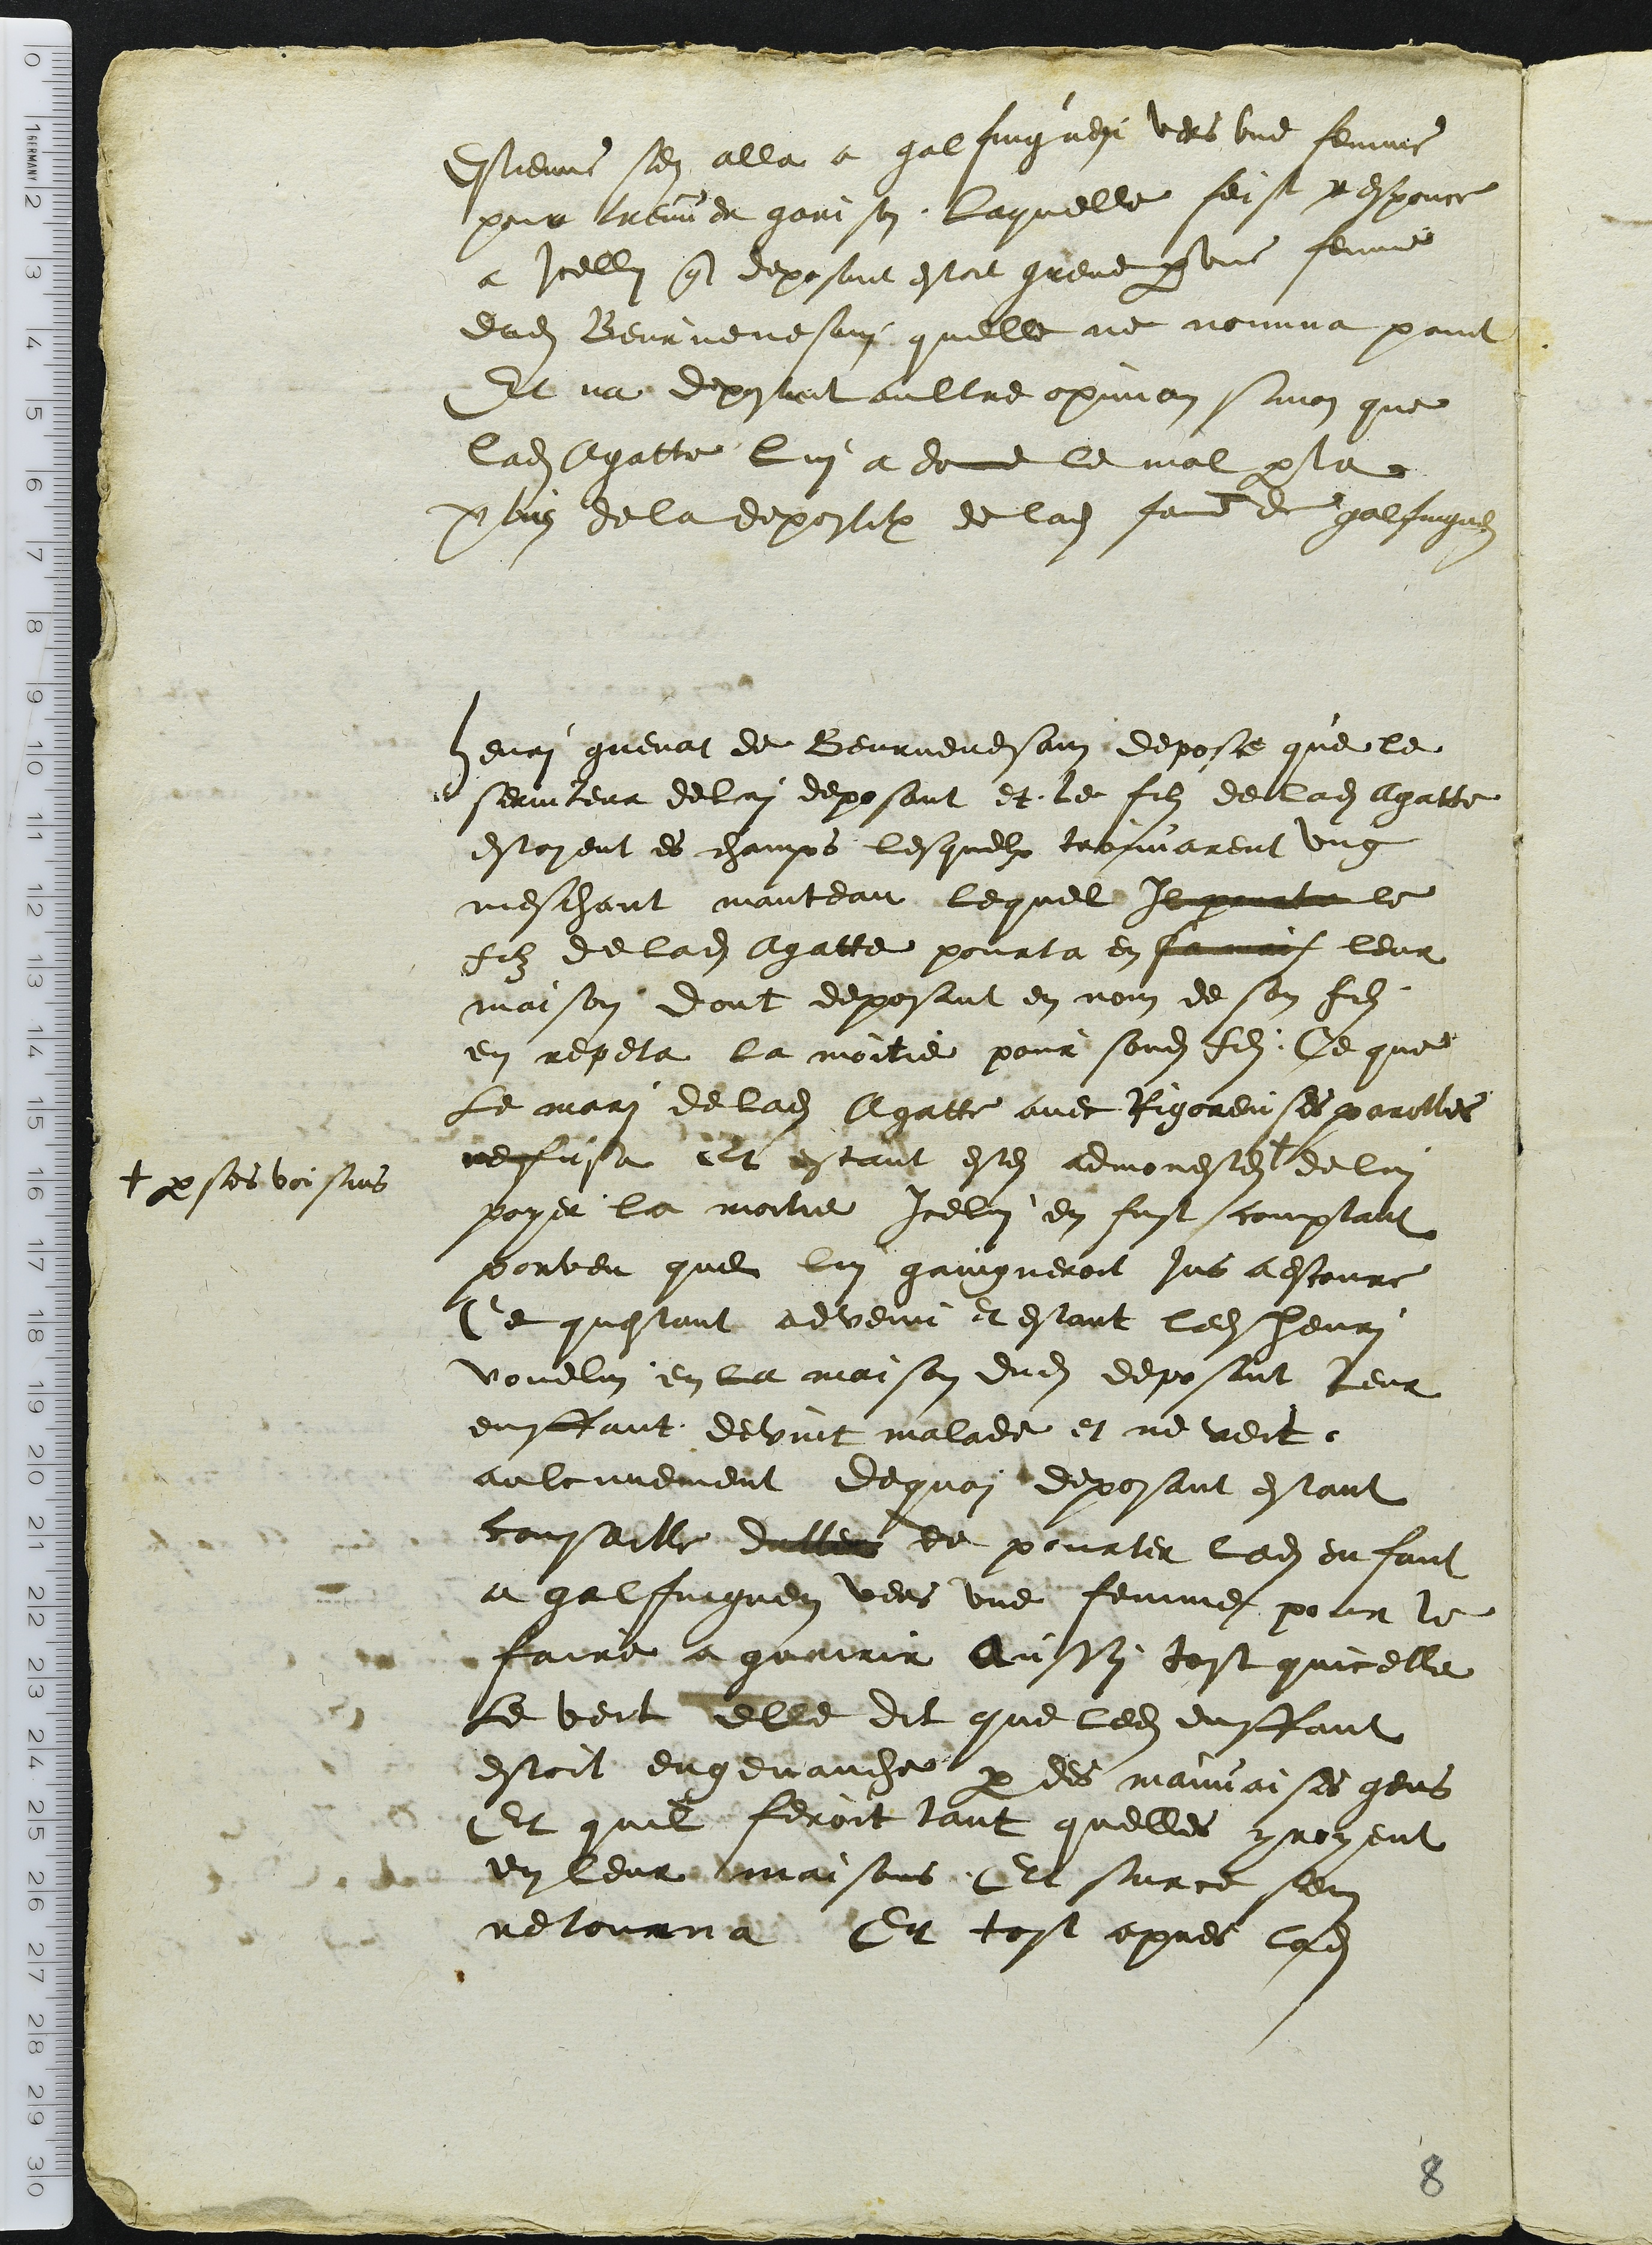
+ par ses voisins

Estienne sen alla a galfinguen vers une femme
pour treuver garison. Laquelle feist responce
a icellui que deposant estoit greve par une femme
dudit Beurnevesain quelle ne nomma point
Et na deposant aultre opinion sinon que
ladite Agatte lui a donne le mal par la
vertuz de la deposition de ladite femme de galfinguen
henri guenat de Beurnevesain depose que le
serviteur de lui deposant et le fils de ladite Agatte
estoient es champs lesquelx trouvarent ung
meschant manteau lequel Il pourta le
filz de ladite Agatte pourta en sa mais leur
maison dont deposant en nom de son fils
en repeta la moitie pour sondit fils : Ce que
Le mari de ladite Agatte avec Rigoreuses parolles
refusa Et estant estes admonestes + de lui
payer la moitie icelui en fust comptant
porveu que lui gaingneroit jus aestoure
Ce questant advenu et estant ledit henri
vouelin en la maison dudit deposant leur
enffant devint malade et ne veit
aulcunement de quoi deposant estant
conseille daller de pourter ledit enfant
a galfinguen vers une femme pour le
faire a guerir Aussy tost quicelle
le veit elle dit que ledit enffant
estoit engenauche par des mauvaises gens
Et que feroit tant quelles yroyent
en leur maisons Et surce sen
retourna. Et tost apres ladite
8